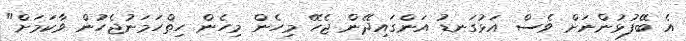
އެ ބޭފުޅުންނަށް ވެސް އަޅުގަނޑު އަންގައިދޭން ޖެހޭ މިހެން މިހެން ހިތްހަމަނުޖެހުން ވާކަމަށް"